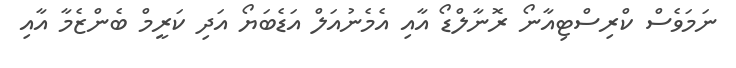
ނަމަވެސް ކްރިސްޓިއާނޯ ރޮނާލްޑޯ އާއި އެމެނުއަލް އަޑެބަޔޯ އަދި ކަރީމް ބެންޒެމާ އާއި